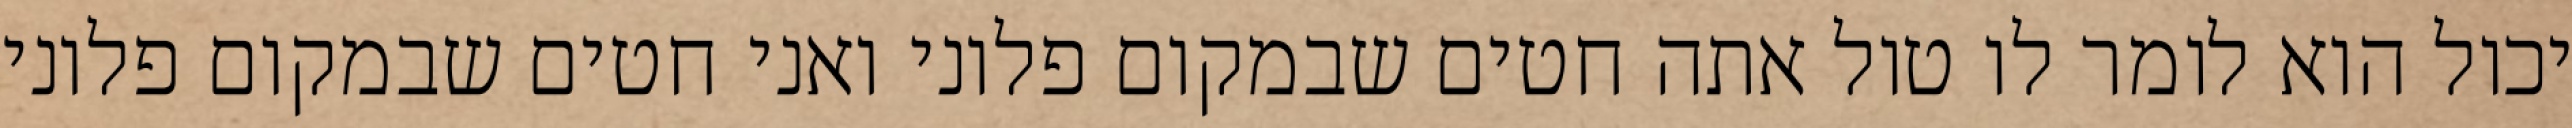
יכול הוא לומר לו טול אתה חטים שבמקום פלוני ואני חטים שבמקום פלוני